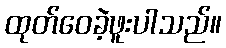
ထုတ်ဝေခဲ့ဖူးပါသည်။